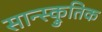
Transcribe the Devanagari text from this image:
सान्स्क्रुतिक